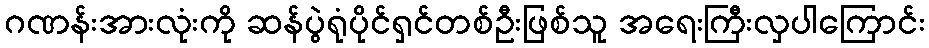
ဂဏန်းအားလုံးကို ဆန်ပွဲရုံပိုင်ရှင်တစ်ဦးဖြစ်သူ အရေးကြီးလှပါကြောင်း